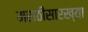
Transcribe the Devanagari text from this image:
मराठीसारख्या